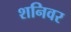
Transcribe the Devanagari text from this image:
शनिवर